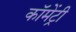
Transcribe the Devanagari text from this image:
कॉमेंट्री